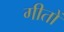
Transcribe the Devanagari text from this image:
गीतों